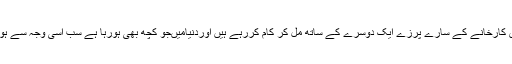
پھر اپنی حد کے اندر، اپنے ضابطہ کی پابندی کرنے کے ساتھ، اس کارخانے کے سارے پرزے ایک دوسرے کے ساتھ مل کر کام کررہے ہیں اوردنیامیںجو کچھ بھی ہورہا ہے سب اسی وجہ سے ہورہا ہے کہ یہ ساری چیزیں اور ساری قوتیں مل کر کام کررہی ہیں۔